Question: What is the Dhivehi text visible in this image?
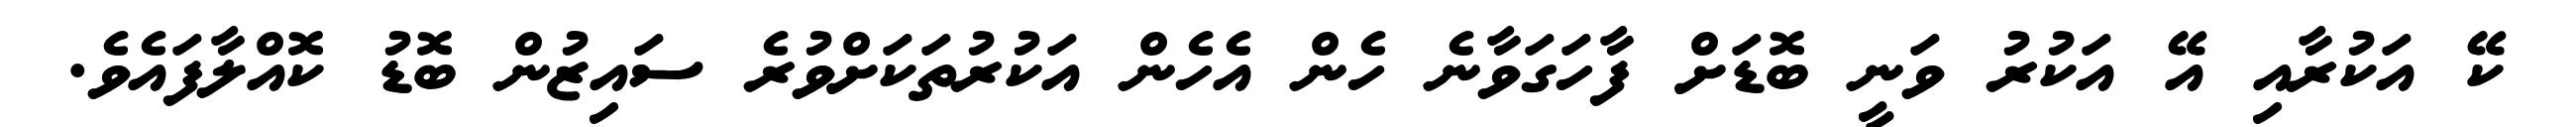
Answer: ކޭ އަކުރާއި އޭ އަކުރު ވަނީ ބޮޑަށް ފާހަގަވާނެ ހެން އެހެން އަކުރުތަކަށްވުރެ ސައިޒުން ބޮޑު ކޮއްލާފައެވެ.